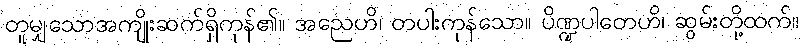
တူမျှသောအကျိုးဆက်ရှိကုန်၏။ အညေဟိ၊ တပါးကုန်သော။ ပိဏ္ဍပါတေဟိ၊ ဆွမ်းတို့ထက်။